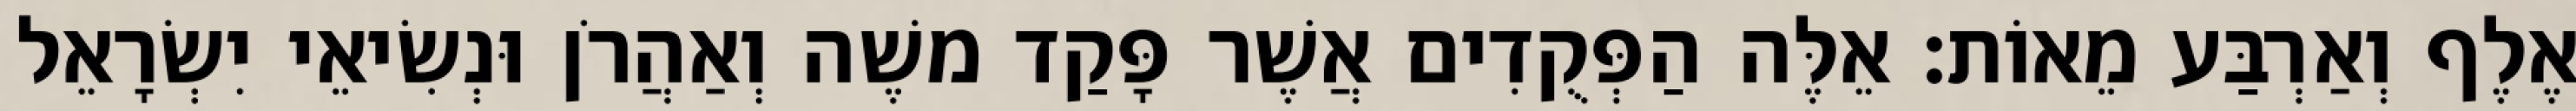
אֶלֶף וְאַרְבַּע מֵאוֹת׃ אֵלֶּה הַפְּקֻדִים אֲשֶׁר פָּקַד משֶׁה וְאַהֲרֹן וּנְשִׂיאֵי יִשְׂרָאֵל